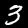
Digit: 3